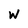
Character: w